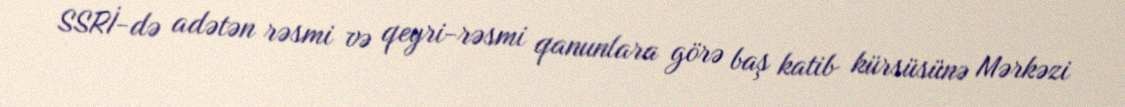
SSRİ-də adətən rəsmi və qeyri-rəsmi qanunlara görə baş katib kürsüsünə Mərkəzi